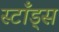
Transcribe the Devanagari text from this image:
स्टाँड्स